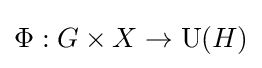
\Phi :G\times X\rightarrow \operatorname {U} (H)